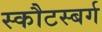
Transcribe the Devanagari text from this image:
स्कौटस्बर्ग